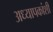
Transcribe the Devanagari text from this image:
अध्यापकांशी